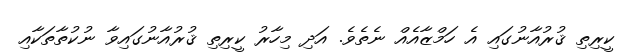
ކީރިތި ޤުރުއާނުގައި އެ ހަމްޒާއެއް ނެތެވެ. އަދި މިހާރު ކީރިތި ޤުރުއާނުގައިވާ ނުކުތާތަކާއި